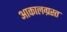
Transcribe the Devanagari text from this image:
आकालग्रस्त